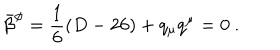
\bar { \beta } ^ { \phi } = \frac { 1 } { 6 } ( D - 2 6 ) + q _ { \mu } q ^ { \mu } = 0 ~ .